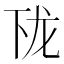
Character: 𱍔